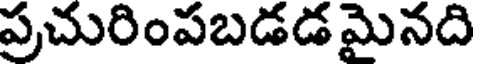
ప్రచురింపబడడ మైనది